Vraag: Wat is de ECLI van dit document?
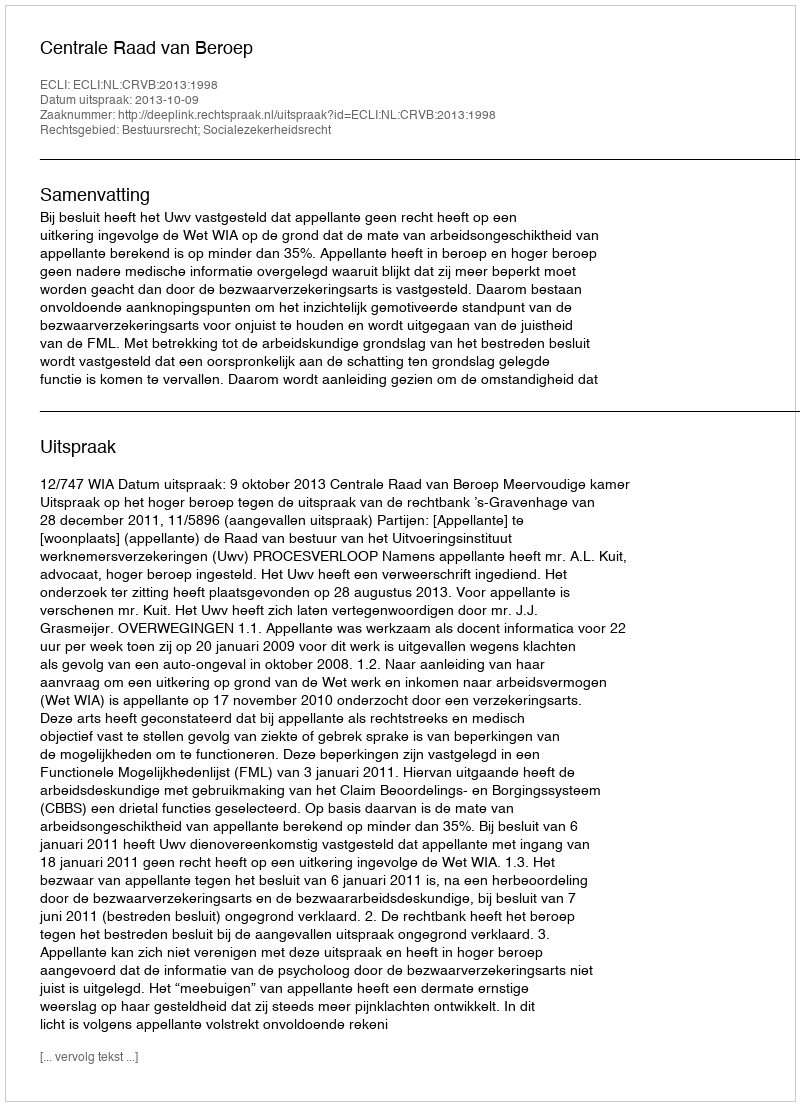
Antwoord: ECLI:NL:CRVB:2013:1998